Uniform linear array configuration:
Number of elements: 8
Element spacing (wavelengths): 0.5
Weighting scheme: hann
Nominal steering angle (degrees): -15
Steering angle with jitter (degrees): -16.223
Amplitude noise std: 0.05
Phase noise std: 0.05

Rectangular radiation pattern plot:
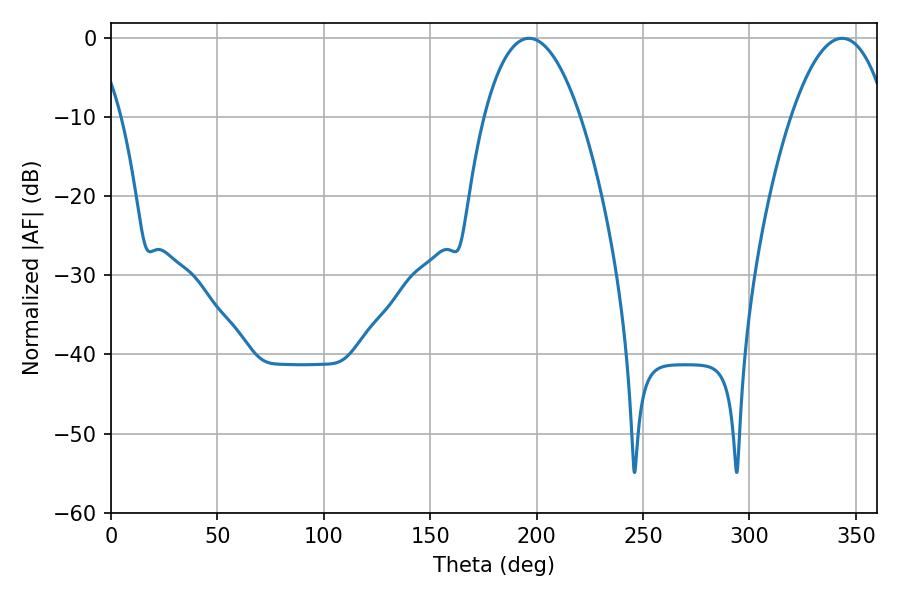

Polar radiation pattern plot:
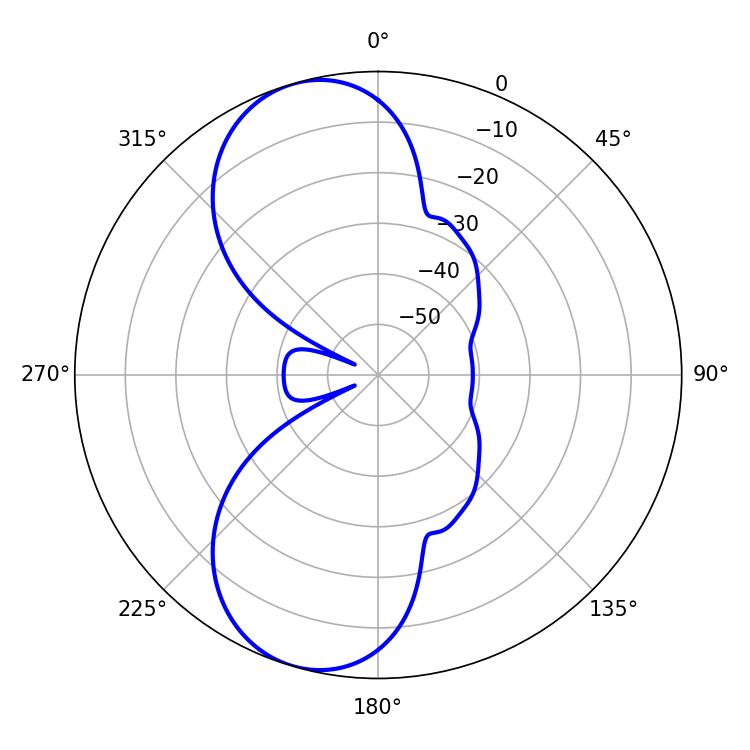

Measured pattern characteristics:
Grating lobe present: FALSE
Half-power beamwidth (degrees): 25.2
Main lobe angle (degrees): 196.38